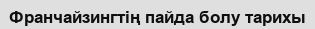
Франчайзингтің пайда болу тарихы